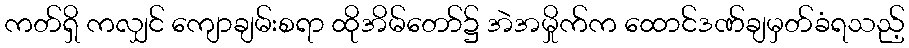
ကတ်ရှိ ကလျှင် ကျောချမ်းစရာ ထိုအိမ်တော်၌ အဲအမှိုက်က ထောင်ဒဏ်ချမှတ်ခံရသည့်